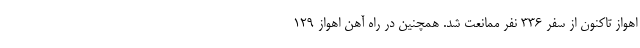
اهواز تاکنون از سفر ۳۳۶ نفر ممانعت شد. همچنین در راه آهن اهواز ۱۲۹